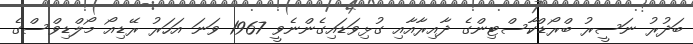
ބަދުރު ނަސީރު ބްރޯޑްކާސްޓިންގެ ދާއިރާއާއި ގުޅިވަޑައިގެންނެވީ 1967 ވަނަ އަހަރު ރޭޑިއޯ މޯލްޑިވްސްގެ